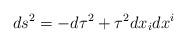
LaTeX: \begin{align*}ds^{2}=-d\tau ^{2}+\tau ^{2}dx_i dx^i \end{align*}